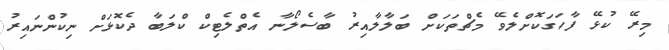
މިރޭ ކުޅޭ ފާހަގަކޮށްލެވޭ މެޗްތަކަށް ބަލާލާއިރު ބާސެލޯނާ އެތްލެޓިކް ކްލަބާ ދެކޮޅަށް ނިކުންނައިރު